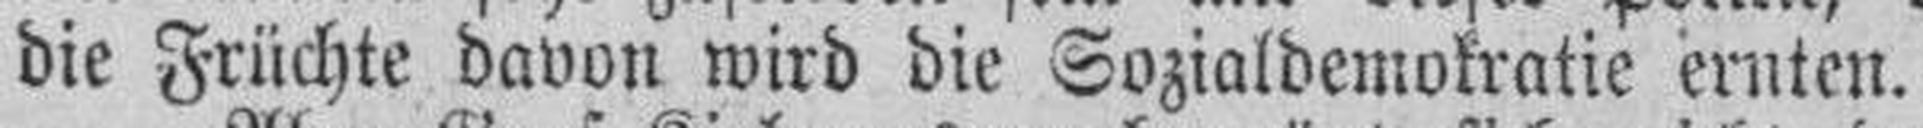
die Früchte davon wird die Sozialdemokratie ernten.